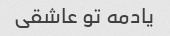
یادمه تو عاشقی